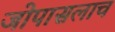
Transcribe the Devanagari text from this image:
जोपासलाच